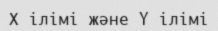
Х ілімі және Y ілімі